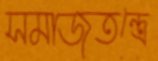
সমাজতন্ত্রে